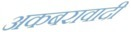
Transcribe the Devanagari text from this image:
अकबरावादी